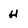
Character: H